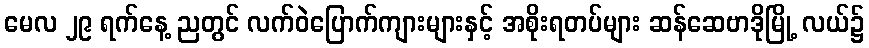
မေလ ၂၉ ရက်နေ့ ညတွင် လက်ဝဲပြောက်ကျားများနှင့် အစိုးရတပ်များ ဆန်ဆေဗာဒိုမြို့ လယ်၌